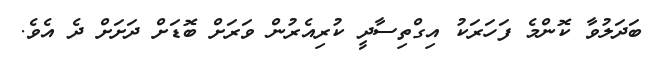
ބަދަލުވާ ކޮންމެ ފަހަރަކު އިގްތިސާދީ ކުރިއެރުން ވަރަށް ބޮޑަށް ދަަށަށް ދެ އެވެ.